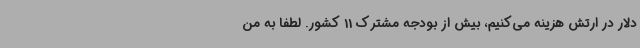
دلار در ارتش هزینه می‌کنیم، بیش از بودجه مشترک 11 کشور. لطفا به من